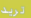
تريد